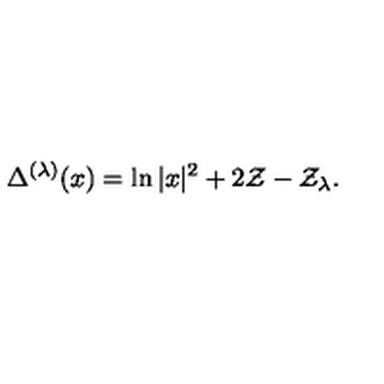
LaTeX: \Delta ^ { ( \lambda ) } ( x ) = \ln | x | ^ { 2 } + 2 \mathcal { Z } - \mathcal { Z } _ { \lambda } .